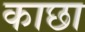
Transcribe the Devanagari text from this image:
काछा